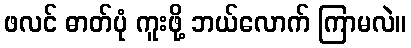
ဖလင် ဓာတ်ပုံ ကူးဖို့ ဘယ်လောက် ကြာမလဲ။